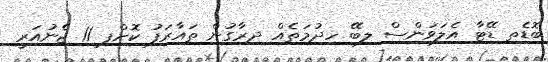
ބޮޑެތި ޑޭޓާ އެލަވަންސް ލިބޭ ހިދުމަތެއް ދިރާގުން ތައާރަފު ކޮށްފި 11 ޖެނުއަރީ